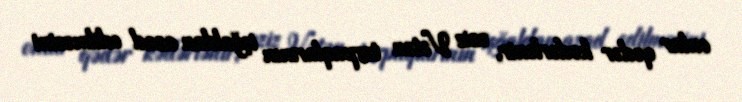
onlar qədər kədərlənir, əziz Vətən torpaqlarının işğaldan azad edilməsini